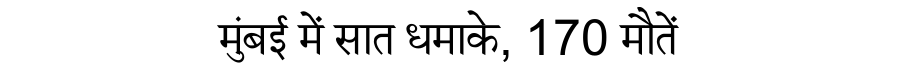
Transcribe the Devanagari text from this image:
मुंबई में सात धमाके, 170 मौतें